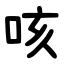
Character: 咳